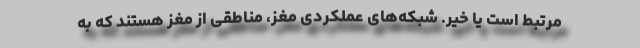
مرتبط است یا خیر. شبکه‌های عملکردی مغز، مناطقی از مغز هستند که به